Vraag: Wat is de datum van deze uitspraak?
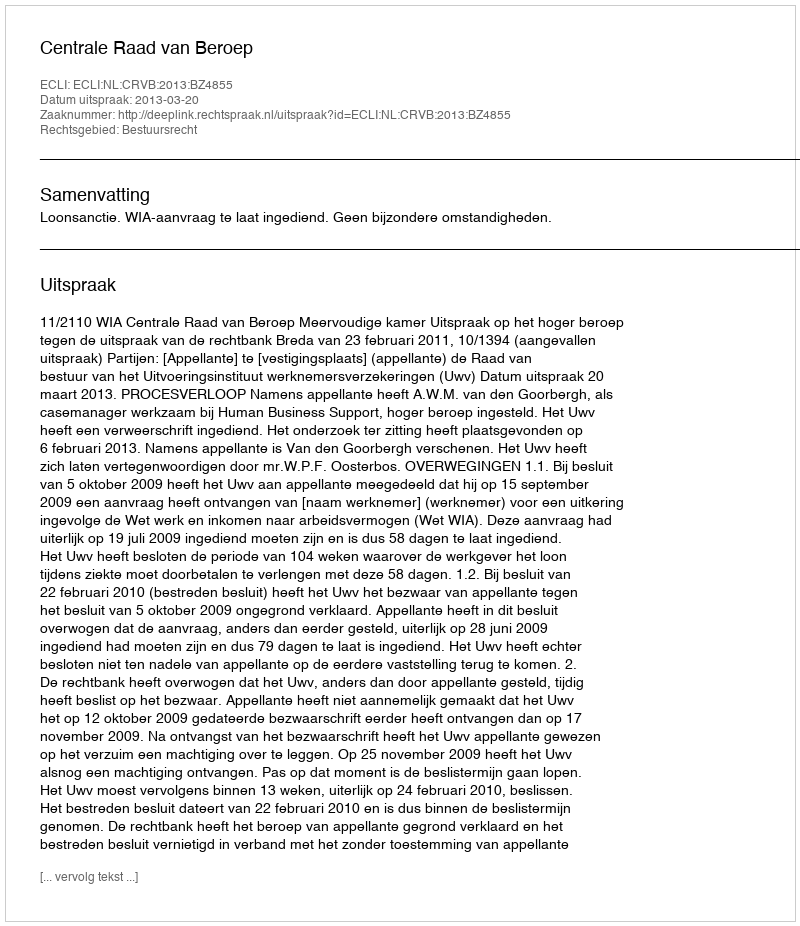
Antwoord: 2013-03-20